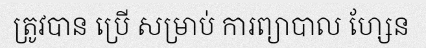
ត្រូវបាន ប្រើ សម្រាប់ ការព្យាបាល ហ្សែន